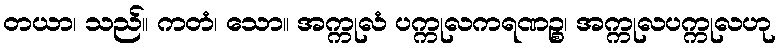
တယာ၊ သည်။ ကတံ၊ သော။ အက္ကုလံ ပက္ကုလကရဏဉ္စ၊ အက္ကုလပက္ကုလဟု